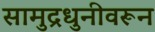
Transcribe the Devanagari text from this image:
सामुद्रधुनीवरून